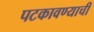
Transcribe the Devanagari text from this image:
पटकावण्याची